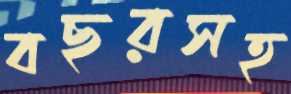
বছরসহ